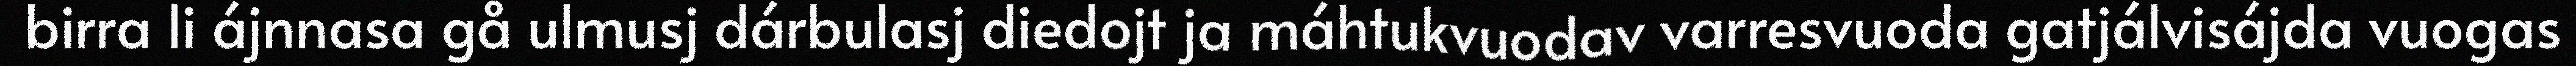
birra li ájnnasa gå ulmusj dárbulasj diedojt ja máhtukvuodav varresvuoda gatjálvisájda vuogas